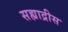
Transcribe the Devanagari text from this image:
सह्याद्रीस